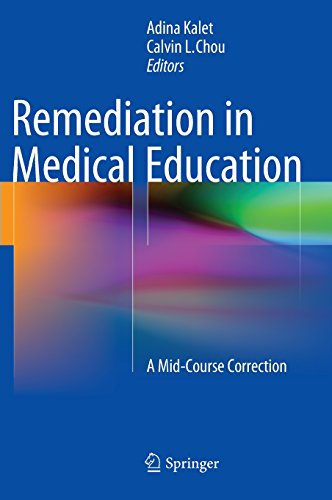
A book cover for Remediation in Medical Education: A Mid-Course Correction; Medical Books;